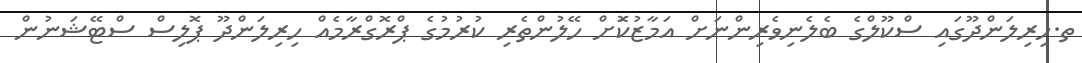
ތ.ހިރިލަންދޫގައި ސްކޫލްގެ ބެލެނިވެރިންނަށް އަމާޒުކޮަށް ހޭލުންތެރި ކުރުމުގެ ޕްރޮގްރާމެއް ހިރިލަންދޫ ޕޮލިސް ސްޓޭޝަނުން